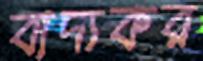
বাদ্যকর